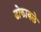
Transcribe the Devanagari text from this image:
डोकावले